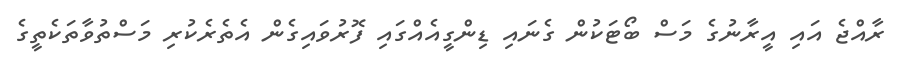
ރާއްޖެ އައި އީރާނުގެ މަސް ބޯޓަކުން ގެނައި ޑިންގީއެއްގައި ފޮރުވައިގެން އެތެރެކުރި މަސްތުވާތަކެތީގެ